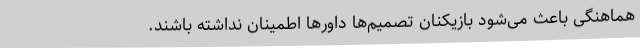
هماهنگی باعث می‌شود بازیکنان تصمیم‌ها داورها اطمینان نداشته باشند.